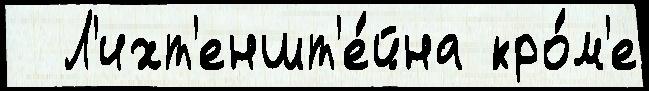
  Л'ихт'еншт'е́йна кро́м'е